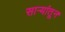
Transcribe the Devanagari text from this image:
सार्‍यांतून